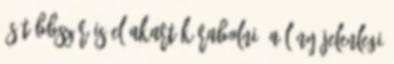
és többször is el akarták rabolni. A lány jelenlegi